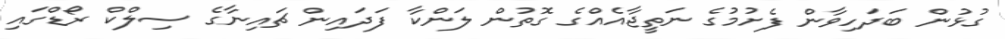
ގުޅުން ބަދަހިވާން ފެށުމުގެ ނަތީޖާއެއްގެ ގޮތުން ލަންކާ ފަަދައިން ޗައިނާގެ ސިލްކް ރޯޑްގައި